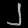
Digit: ၂